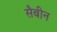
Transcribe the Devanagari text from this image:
सैबीन